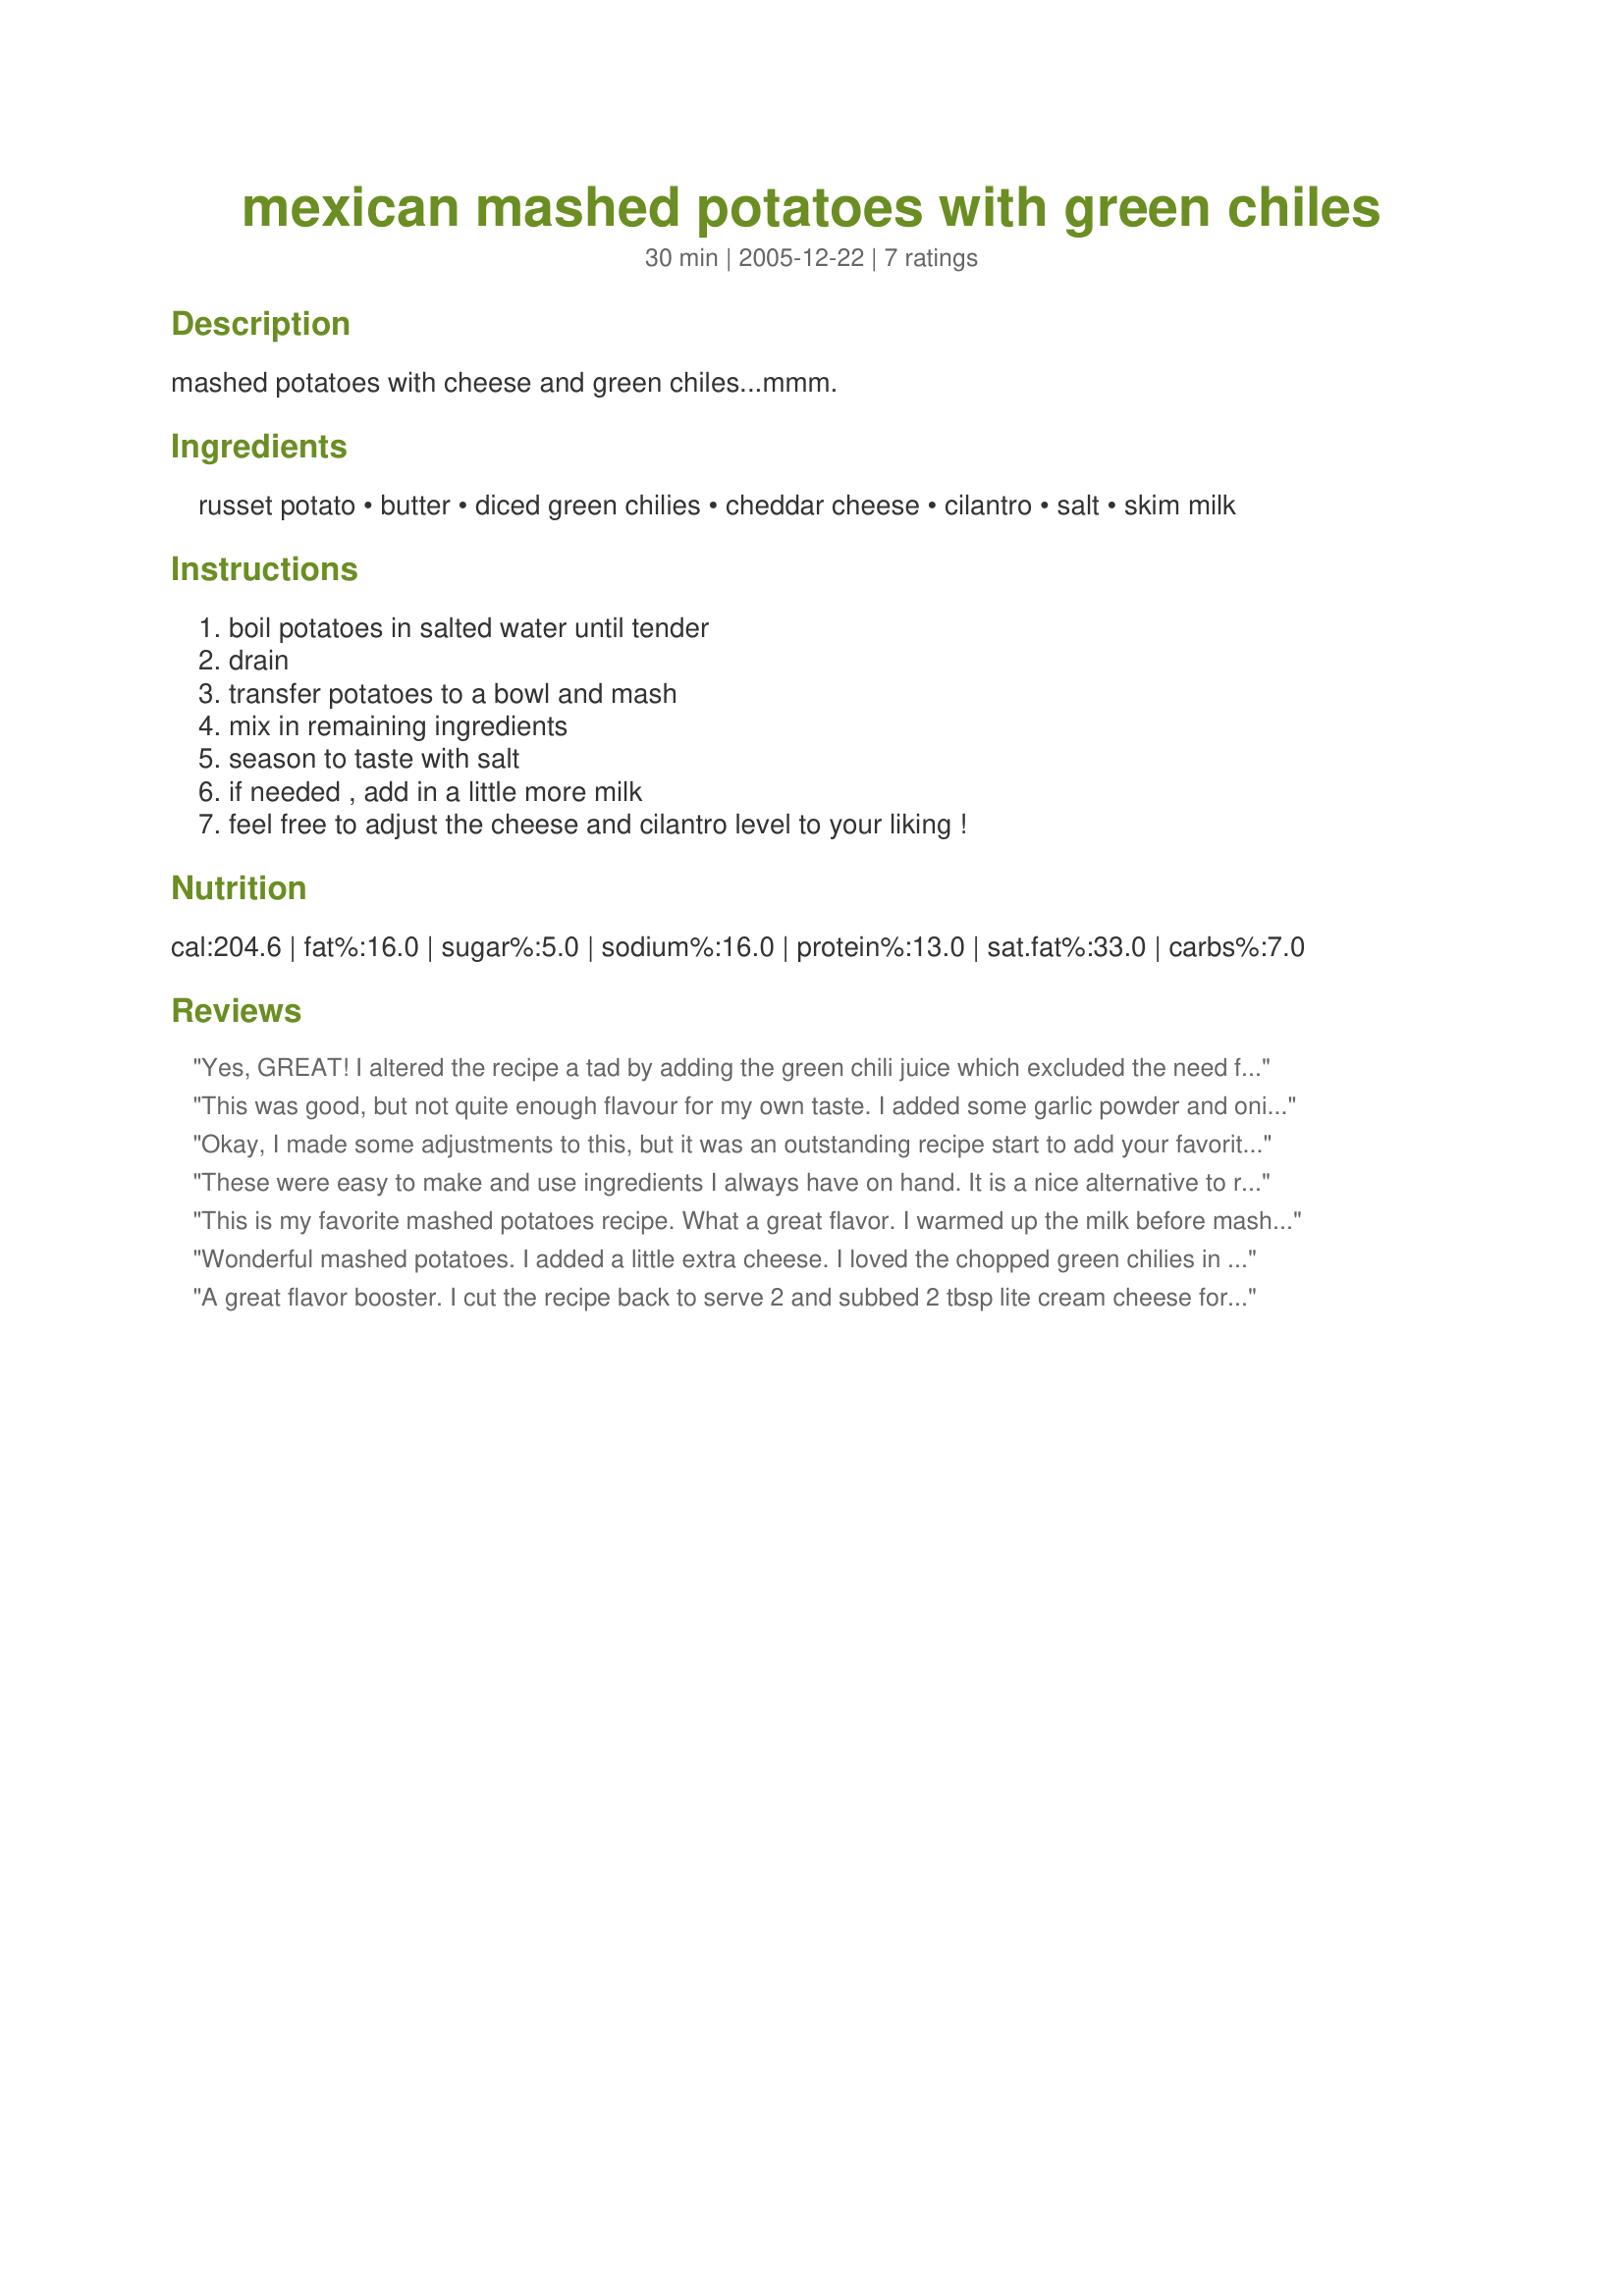
mexican mashed potatoes with green chiles
Preparation time: 30 minutes

mashed potatoes with cheese and green chiles...mmm.

Ingredients:
russet potato, butter, diced green chilies, cheddar cheese, cilantro, salt, skim milk

Steps:
boil potatoes in salted water until tender, drain, transfer potatoes to a bowl and mash, mix in remaining ingredients, season to taste with salt, if needed , add in a little more milk, feel free to adjust the cheese and cilantro level to your liking !

Reviews:
Yes, GREAT! I altered the recipe a tad by adding the green chili juice which excluded the need for milk, and used mexican hot velveeta and fresh ground pepper. I think I sprinkled a pinch, just a pinch *grinning* of cayenne pepper to satisy the chili head in us.
This was good, but not quite enough flavour for my own taste. I added some garlic powder and onion salt and that improved it I thought, but I felt it still needed some sauteed onions or something like that. Of course, that would make it taste very similar to my usual mashed potato casserole, so maybe I just need to expand my horizons a little!!
Okay, I made some adjustments to this, but it was an outstanding recipe start to add your favorites! Cheddar and green chilies were a great combo for two additions of a small tomato and two finely chopped green olives (leftovers I wanted to use up). I also substituted chile juice and a bit of white wine for the skim milk. I omitted butter entirely and added parsley (which I had on hand) instead of the cilantro as well as 1/4 teaspoon of garlic salt. We both decided this was terrific, and definitely worth making again. I had this recipe in one of my cookbooks for a long time, and I'm glad I finally made it!
These were easy to make and use ingredients I always have on hand. It is a nice alternative to rice as a side dish for mexican or southwest meals. Of course they would also be good with any other type of cuisine. I served them with cheese and jalapeno tamales and tortilla corn casserole. I will be making this in the furture. Thanks for sharing your deelish recipe Charmie 777!
This is my favorite mashed potatoes recipe. What a great flavor. I warmed up the milk before mashing.
Wonderful mashed potatoes. I added a little extra cheese. I loved the chopped green chilies in there! I'll make tators this way again; thnx!
A great flavor booster. I cut the recipe back to serve 2 and subbed 2 tbsp lite cream cheese for the cheddar. Love the hot peppers in there - Served with a Mexican Pork steak recipe Lovely dinner
